Lunatic asylums in Bengal annual reports 1888-1898 - 1888-1898
Year: 1888
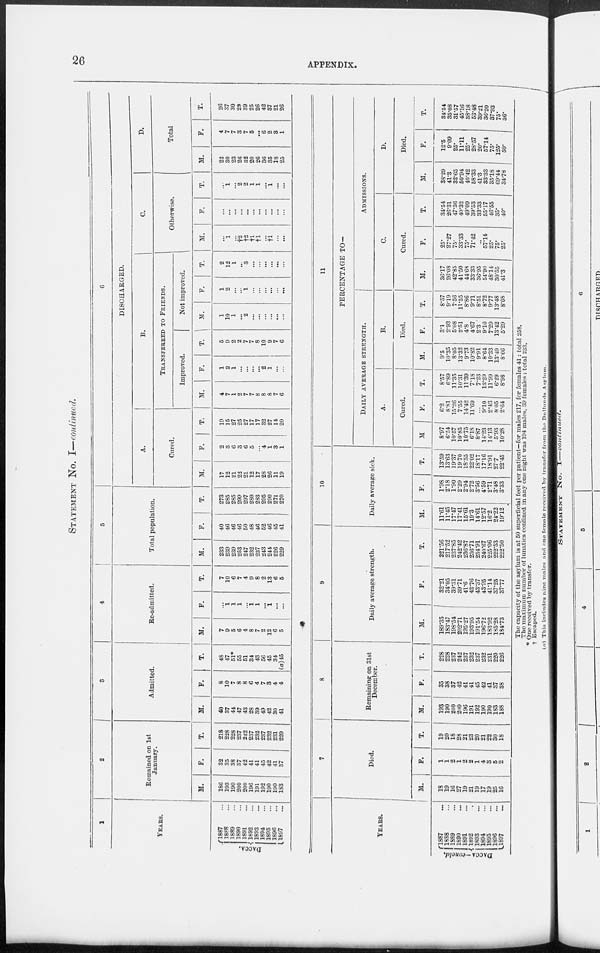
26
APPENDIX.
STATEMENT No. I—continued.
1
YEARS.
DACCA.
1887 ...
1888 ...
1889 ...
1890 ...
1891 ...
1892 ...
1893 ...
1894 ...
1895 ...
1896 ...
1897 ...
2
Remained on 1st
January.
M.
186
193
190
200
200
196
191
192
190
190
183
F.
32
35
38
37
42
41
41
45
42
41
37
T.
218
228
228
237
242
237
232
237
232
231
220
3
Admitted.
M.
40
37
44
47
43
28
39
49
42
30
41
F.
8
10
7
8
8
6
4
7
3
4
4
T.
48
47
51*
55
51
34
43
56
45
34
(a) 45
4
Re-admitted.
M.
7
9
5
6
4
8
7
2
12
6
5
F.
...
1
1
1
...
1
1
...
1
...
...
T.
7
10
6
7
4
9
8
2
13
6
5
5
Total population.
M.
233
239
239
253
247
232
237
243
244
226
229
F.
40
46
46
46
50
48
46
52
46
45
41
T.
273
285
285
299
297
280
233
295
290
271
270
6
DISCHARGED.
A.
Cured.
M.
17
12
21
22
21
12
17
28
26
11
19
F.
2
3
6
3
6
5
...
4
1
3
1
T.
19
15
27
25
27
17
17
32
27
14
20
B.
TRANSFERRED TO FRIENDS.
Improved.
M.
4
7
1
2
7
7
8
8
8
7
6
F.
1
2
1
...
...
...
...
2
1
...
...
T.
5
9
2
2
7
7
8
10
9
7
6
Not improved.
M.
1
10
1
...
2
...
...
...
...
...
...
F.
1
2
...
...
1
...
...
...
...
...
...
T.
2
12
1
3
...
...
...
...
...
...
C.
Otherwise.
M.
...
1
...
†2
†2
†1
†1
...
†1
...
...
F.
...
...
...
...
...
...
...
...
...
...
...
T.
...
1
...
2
2
1
1
...
1
...
...
D.
Total
M.
22
30
23
26
32
20
26
36
35
18
25
F.
4
7
7
3
7
5
...
6
2
3
1
T.
26
37
30
29
39
25
26
42
37
21
26
YEARS.
Dacca
—concld.
1887 ...
1838 ...
1S89 ...
1890 ...
1891 ...
1892 ...
1893 ...
1894 ...
1895 ...
1896 ...
1897 ...
7
Died.
M.
18
19
16
27
19
21
19
17
19
25
16
F.
1
1
2
1
2
2
1
4
3
5
2
T.
19
20
18
28
21
23
20
21
22
30
18
8
Remaining on 31st
December.
M.
193
190
200
200
196
191
192
190
190
183
188
F.
35
38
37
42
41
41
45
42
41
37
38
T.
228
228
237
242
237
232
237
232
231
220
226
9
Daily average strength.
M.
189.35
183.47
198.54
202.71
195.27
193.95
191.54
196.72
183.92
185.28
184.73
F.
32.21
34.05
39.31
39.71
41.6
42.76
43.37
43.95
41.14
37.25
37.77
T.
221.56
217.52
237.85
242.42
236.87
236.71
234.91
240.67
225.06
222.53
222.50
10
Daily average sick.
M.
11.61
11.45
17.47
17.41
15.61
19.3
14.61
12.57
16.2
24.22
19.12
F.
1.98
2.18
1.90
2.29
2.94
2.72
3.56
4.59
2.71
3.48
3.33
T.
13.59
13.63
19.37
19.70
18.55
22.02
18.17
17.16
18.91
27.7
22.45
11
PERCENTAGE TO—
DAILY AVERAGE STRENGTH.
A.
Cured.
M
8.97
6.54
10.57
10.85
10.75
6.18
8.87
14.23
14.13
5.93
10.28
F.
6.2
8.81
15.26
7.55
14.42
11.69
...
9.10
2.43
8.05
2.64
T.
8.57
6.89
11.35
10.31
11.39
7.18
7.23
13.29
11.99
6.29
8.98
B.
Died.
M.
9.5
10.35
8.05
13.32
9.73
10.82
9.91
8.64
10.33
13.49
8.66
F.
3.1
2.93
5.08
2.51
4.8
4.67
2.3
9.10
7.29
13.42
5.29
T.
8.57
9.19
7.56
11.55
8.86
9.71
8.51
8.72
9.77
13.48
8.08
ADMISSIONS.
C.
Cured.
M.
36.17
26.08
42.85
41.50
44.68
33.33
36.95
54.90
48.14
30.55
41.3
F.
25.
27.27
75.
33.33
75.
71.42
..
57.14
25.
75.
25.
T.
34.54
26.31
47.36
40.32
49.09
39.53
33.33
55.17
46.55
35.
40.
D.
Died.
M.
38.29
41.3
32.65
50.94
40.42
58.33
41.3
33.33
35.18
69.44
34.78
F.
12.5
9.09
25.
11.11
25.
28.57
20.
57.14
75.
125.
50.
T.
34.54
35.08
31.57
45.16
38.18
53.48
39.21
36.20
37.93
75.
36.
The capacity of the asylum is at 50 superficial feet per patient—for males 217, for females 41: total 258.
The maximum number of lunatics confined in any one night was 194 males, 39 females : total 233.
* One received by transfer.
† Escaped.
(a) This includes nine males and one female received by transfer from the Dullunda Asylum.